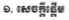
១. សេចក្តីផ្តើម